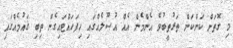
މި ގޮތަށް ކަންކަން ތަރުތީބުވެ އެންމެން އެއް އުޞޫލެއްގައި ހިފަހައްޓައިގެން ތިބި ޤައުމެއްގައި